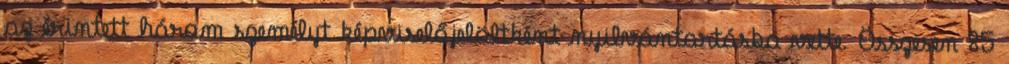
az érintett három személyt képviselőjelöltként nyilvántartásba vette. Összesen 85